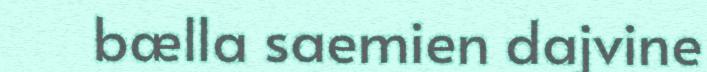
bælla saemien dajvine